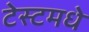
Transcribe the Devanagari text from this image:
टेस्टमधे